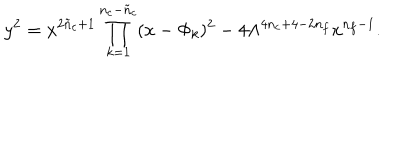
y ^ { 2 } = x ^ { 2 \tilde { n } _ { c } + 1 } \prod _ { k = 1 } ^ { n _ { c } - \tilde { n } _ { c } } ( x - \Phi _ { k } ) ^ { 2 } - 4 \Lambda ^ { 4 n _ { c } + 4 - 2 n _ { f } } x ^ { n _ { f } - 1 } .